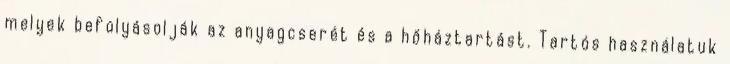
melyek befolyásolják az anyagcserét és a hőháztartást. Tartós használatuk